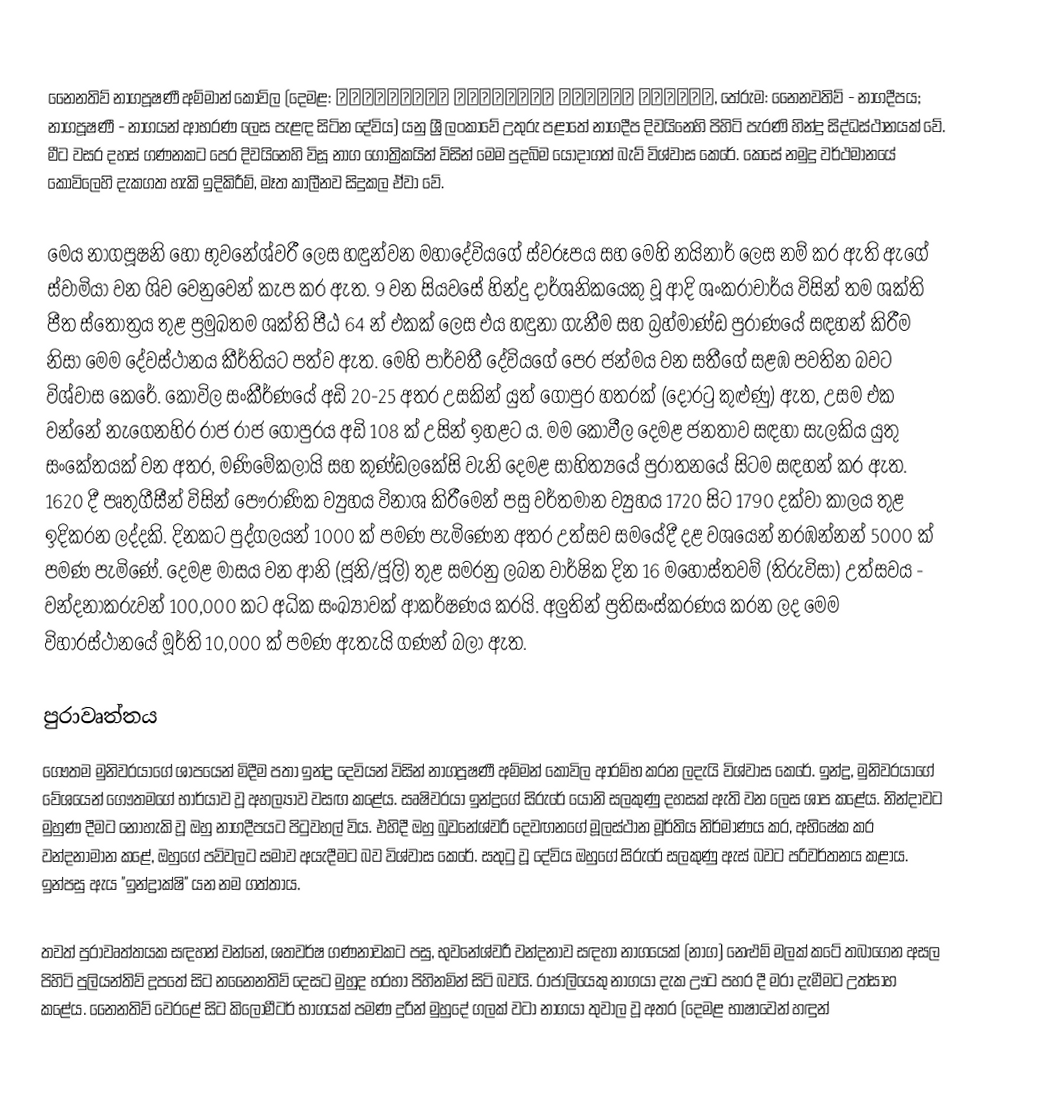
නෛනතිව් නාගපූෂණී අම්මාන් කෝවිල (දෙමළ: நயினாதீவு நாகபூசணி அம்மன் கோயில், තේරුම: නෛනවතිව් - නාගදීපය; නාගපූෂණී - නාගයන් ආභරණ ලෙස පැළඳ සිටින දේවිය)  යනු ශ්‍රී ලංකාවේ උතුරු පළාතේ නාගදීප දිවයිනෙහි පිහිටි පැරණි හින්දු සිද්ධස්ථානයක් වේ. මීට වසර දහස් ගණනකට පෙර දිවයිනෙහි විසූ නාග ගෝත්‍රිකයින් විසින් මෙම පුදබිම යොදාගත් බැව් විශ්වාස කෙරේ. කෙසේ නමුදු වර්ථමානයේ කෝවිලෙහි දැකගත හැකි ඉදිකිරීම්, මෑත කාලීනව සිදුකල ඒවා වේ.

මෙය නාගපූෂනි හෝ භුවනේශ්වරී ලෙස හඳුන්වන මහාදේවියගේ ස්වරූපය සහ මෙහි නයිනාර් ලෙස නම් කර ඇති ඇගේ ස්වාමියා වන ශිව වෙනුවෙන් කැප කර ඇත. 9 වන සියවසේ හින්දු දාර්ශනිකයෙකු වූ ආදි ශංකරාචාර්ය විසින් තම ශක්ති පීත ස්තෝත්‍රය තුළ ප්‍රමුඛතම ශක්ති පීඨ 64 න් එකක් ලෙස එය හඳුනා ගැනීම සහ බ්‍රහ්මාණ්ඩ පුරාණයේ සඳහන් කිරීම නිසා මෙම දේවස්ථානය කීර්තියට පත්ව ඇත. මෙහි පාර්වතී දේවියගේ පෙර ජන්මය වන සතීගේ සළඹ පවතින බවට විශ්වාස කෙරේ. කෝවිල සංකීර්ණයේ අඩි 20-25 අතර උසකින් යුත් ගෝපුර හතරක් (දොරටු කුළුණු) ඇත, උසම එක වන්නේ නැගෙනහිර රාජ රාජ ගෝපුරය අඩි 108 ක් උසින් ඉහළට ය.  මම කෝවීල දෙමළ ජනතාව සඳහා සැලකිය යුතු සංකේතයක් වන අතර, මණිමේකලායි සහ කුණ්ඩලකේසි වැනි දෙමළ සාහිත්‍යයේ පුරාතනයේ සිටම සඳහන් කර ඇත.  1620 දී පෘතුගීසීන් විසින් පෞරාණික ව්‍යුහය විනාශ කිරීමෙන් පසු වර්තමාන ව්‍යුහය 1720 සිට 1790 දක්වා කාලය තුළ ඉදිකරන ලද්දකි. දිනකට පුද්ගලයන් 1000 ක් පමණ පැමිණෙන අතර උත්සව සමයේදී දළ වශයෙන් නරඹන්නන් 5000 ක් පමණ පැමිණේ.  දෙමළ මාසය වන ආනි (ජූනි/ජූලි) තුළ සමරනු ලබන වාර්ෂික දින 16 මහෝස්තවම් (තිරුවිසා) උත්සවය - වන්දනාකරුවන් 100,000 කට අධික සංඛ්‍යාවක් ආකර්ෂණය කරයි. අලුතින් ප්‍රතිසංස්කරණය කරන ලද මෙම විහාරස්ථානයේ මූර්ති 10,000 ක් පමණ ඇතැයි ගණන් බලා ඇත.

පුරාවෘත්තය
ගෞතම මුනිවරයාගේ ශාපයෙන් මිදීම පතා ඉන්ද්‍ර දෙවියන් විසින් නාගපූෂණී අම්මන් කෝවිල ආරම්භ කරන ලදැයි විශ්වාස කෙරේ. ඉන්ද්‍ර, මුනිවරයාගේ වේශයෙන් ගෞතමගේ භාර්යාව වූ අහල්‍යාව වසඟ කළේය. සෘෂිවරයා ඉන්ද්‍රගේ සිරුරේ යෝනි සලකුණු දහසක් ඇති වන ලෙස ශාප කළේය. නින්දාවට මුහුණ දීමට නොහැකි වූ ඔහු නාගදීපයට පිටුවහල් විය. එහිදී ඔහු බුවනේශ්වරී දෙවඟනගේ මූලස්ථාන මූර්තිය නිර්මාණය කර, අභිෂේක කර වන්දනාමාන කළේ, ඔහුගේ පව්වලට සමාව අයැදීමට බව විශ්වාස කෙරේ. සතුටු වූ දේවිය ඔහුගේ සිරුරේ සලකුණු ඇස් බවට පරිවර්තනය කළාය. ඉන්පසු ඇය "ඉන්ද්‍රාක්ෂි" යන නම ගත්තාය.

තවත් පුරාවෘත්තයක සඳහන් වන්නේ, ශතවර්ෂ ගණනාවකට පසු, භුවනේශ්වරී වන්දනාව සඳහා නාගයෙක් (නාග) නෙළුම් මලක් කටේ තබාගෙන අසල පිහිටි පුලියන්තිව් දූපතේ සිට නනෛනතිව් දෙසට මුහුද හරහා පිහිනමින් සිටි බවයි. රාජාලියෙකු නාගයා දැක ඌට පහර දී මරා දැමීමට උත්සාහ කළේය. නෛනතිව් වෙරළේ සිට කිලෝමීටර් භාගයක් පමණ දුරින් මුහුදේ ගලක් වටා නාගයා තුවාල වූ අතර (දෙමළ භාෂාවෙන් හඳුන්